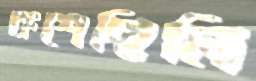
কশেছিলি